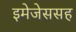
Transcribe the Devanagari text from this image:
इमेजेससह